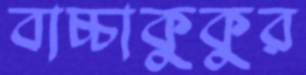
বাচ্চাকুকুর